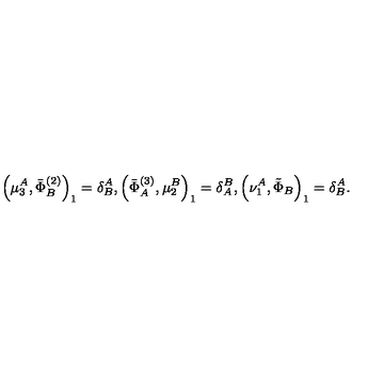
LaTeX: \left( \mu _ { 3 } ^ { A } , \bar { \Phi } _ { B } ^ { ( 2 ) } \right) _ { 1 } = \delta _ { B } ^ { A } , \left( \bar { \Phi } _ { A } ^ { ( 3 ) } , \mu _ { 2 } ^ { B } \right) _ { 1 } = \delta _ { A } ^ { B } , \left( \nu _ { 1 } ^ { A } , \tilde { \Phi } _ { B } \right) _ { 1 } = \delta _ { B } ^ { A } .